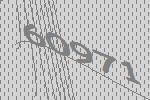
60971